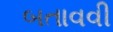
બતાવવી